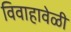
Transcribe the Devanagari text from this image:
विवाहावेळी